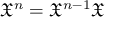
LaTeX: { \mathfrak { X } } ^ { n } = { \mathfrak { X } } ^ { n - 1 } { \mathfrak { X } }